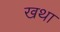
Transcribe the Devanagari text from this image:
खथा